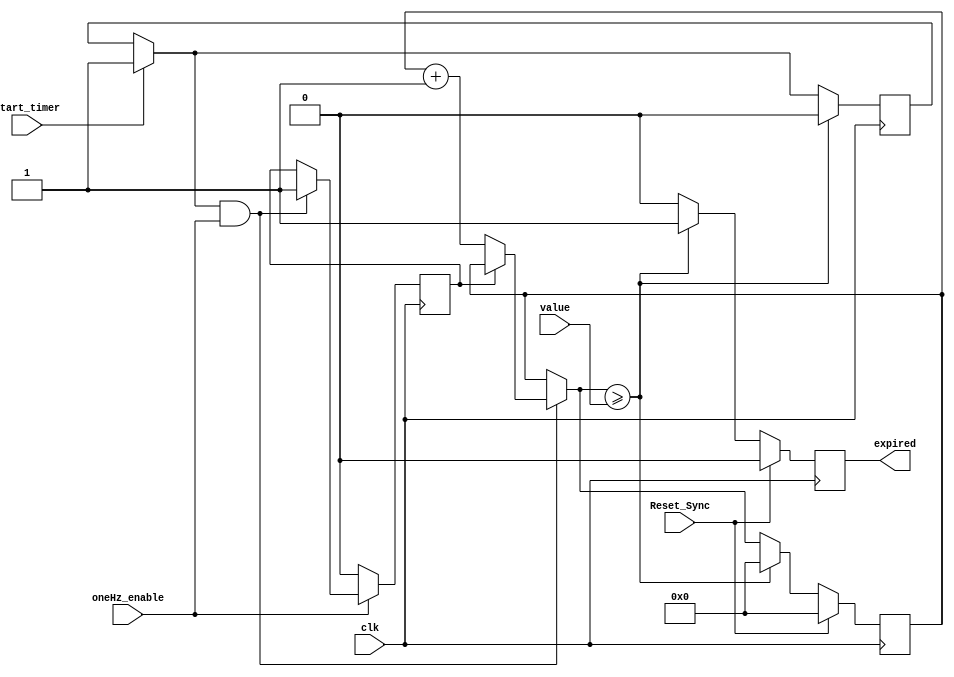
`timescale 1ns / 1ps
//`timescale 1us / 1ns
//////////////////////////////////////////////////////////////////////////////////
// Company: 
// Engineer: 
// 
// Design Name: 
// Module Name: Timer
// Project Name: 
// Target Devices: 
// Tool Versions: 
// Description: 
// 
// Dependencies: 
// 
// Revision:
// Revision 0.01 - File Created
// Additional Comments:
// 
//////////////////////////////////////////////////////////////////////////////////

module Timer(
    input [3:0] value,
    input oneHz_enable,
    input start_timer,
	input clk,
	input Reset_Sync,
    output reg expired
    );
	 
	 reg [3:0] seconds=0;
	 reg started =1; 
	 reg OneHz_checked = 0;
	always @(posedge clk) begin
        if (start_timer) started=1;
        if (started & oneHz_enable) begin
            if (!OneHz_checked)
            begin
                seconds = seconds+1;
                OneHz_checked = 1;
            end
        end if (!oneHz_enable) OneHz_checked=0;
        expired=0;
        if (seconds >= value)
        begin
            expired = 1;
            started = 0;
            seconds = 0;
        end
        
        if (Reset_Sync) begin
            seconds = 0;
            expired = 0;
        end
    end 		
endmodule

/*
module Timer(
    input [3:0] value,
    input oneHz_enable,
    input start_timer,
	 input clk,
	 input Reset_Sync,
    output reg expired
    );
	 
	 
	 reg [3:0] time_left;
	 reg change =1;
	always@(posedge clk) begin
		
		if (!change) begin
			change = 1;
			time_left = value-1;
		end
			
		if (Reset_Sync)begin
			change = 0;
		end			
		if (start_timer) begin
			change =0;
		end
		expired = 0;
		
		if (oneHz_enable) begin
			if (!time_left) begin
				expired = 1;
				end
	
			else begin
			time_left = time_left - 1;
			end
		end			
																		
	end

endmodule
*/